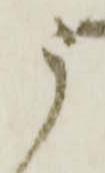
う